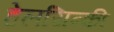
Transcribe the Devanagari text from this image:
हेलसिन्की